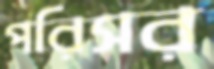
পরিসর